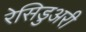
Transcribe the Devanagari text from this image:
रेसिडुअरी